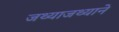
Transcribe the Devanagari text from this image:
जथ्याजथ्याने